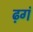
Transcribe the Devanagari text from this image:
ढ़गं